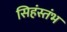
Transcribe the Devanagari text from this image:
सिहंस्तंभ